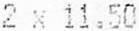
2 X 11.50